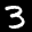
Label: 3